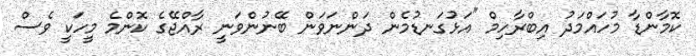
ކޮމާންޑާ މުހައްމަދު އިބްރާހިމް "އަޅުގަނޑުމެން ދަންނަވަން ބޭނުންވަނީ ރާއްޖޭގެ ކޮންމެ މީހަކީ ވެސް